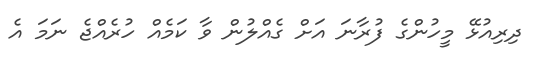
ދިރިއުޅޭ މީހުންގެ ފުރާނަ އަށް ގެއްލުން ވާ ކަމެއް ހުރެއްޖެ ނަމަ އެ